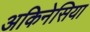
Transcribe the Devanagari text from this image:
अकिनेसिया